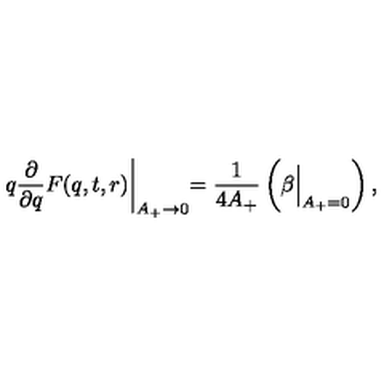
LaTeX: q \frac { \partial } { \partial q } F ( q , t , r ) \biggl | _ { A _ { + } \to 0 } = \frac { 1 } { 4 A _ { + } } \left( \beta \Bigl | _ { A _ { + } = 0 } \right) ,